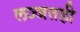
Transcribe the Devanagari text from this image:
लज्जतही